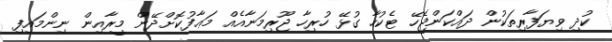
ކުދި ވިޔަފާރިތަކުން ދައްކަންޖެހޭ ޓެކުހާ ގުޅޭ ހުރިހާ ޖޫރިމަނާއެއް މަޢާފުކޮށްދޭން މީރާއިން ނިންމައިފި